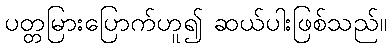
ပတ္တမြားပြောက်ဟူ၍ ဆယ်ပါးဖြစ်သည်။